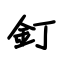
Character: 釘